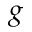
g